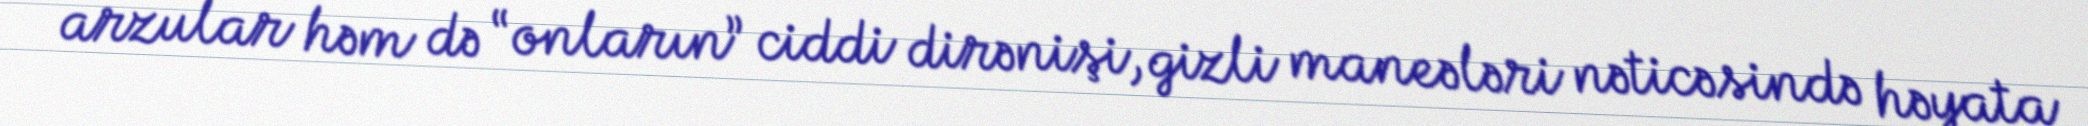
arzular həm də “onların” ciddi dirənişi, gizli maneələri nəticəsində həyata